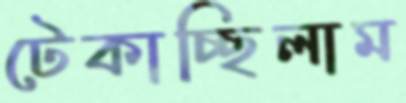
টেকাচ্ছিলাম